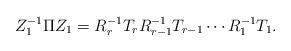
LaTeX: \begin{align*}Z_{1}^{-1}\Pi Z_1 = R_r^{-1}T_r R_{r-1}^{-1}T_{r-1}\dotsm R_1^{-1}T_1.\end{align*}